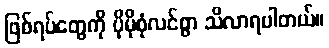
ဖြစ်ရပ်တွေကို ပိုမိုစုံလင်စွာ သိလာရပါတယ်။